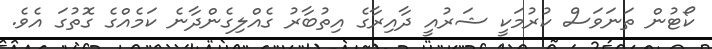
ކޯޓުން ތަނަވަސް ކުރުމަކީ ޝަރުއީ ދާއިރާގެ އިތުބާރު ގެއްލިގެންދާނެ ކަމެއްގެ ގޮތުގަ އެވެ.